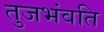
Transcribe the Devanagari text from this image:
तुजभंवति